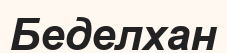
Беделхан